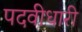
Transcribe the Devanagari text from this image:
पदवीधारी